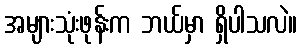
အများသုံးဖုန်းက ဘယ်မှာ ရှိပါသလဲ။